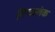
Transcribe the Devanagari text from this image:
निष्‍कलंक